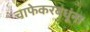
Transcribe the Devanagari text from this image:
चाफेकरबंधूंना